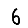
Digit: 6